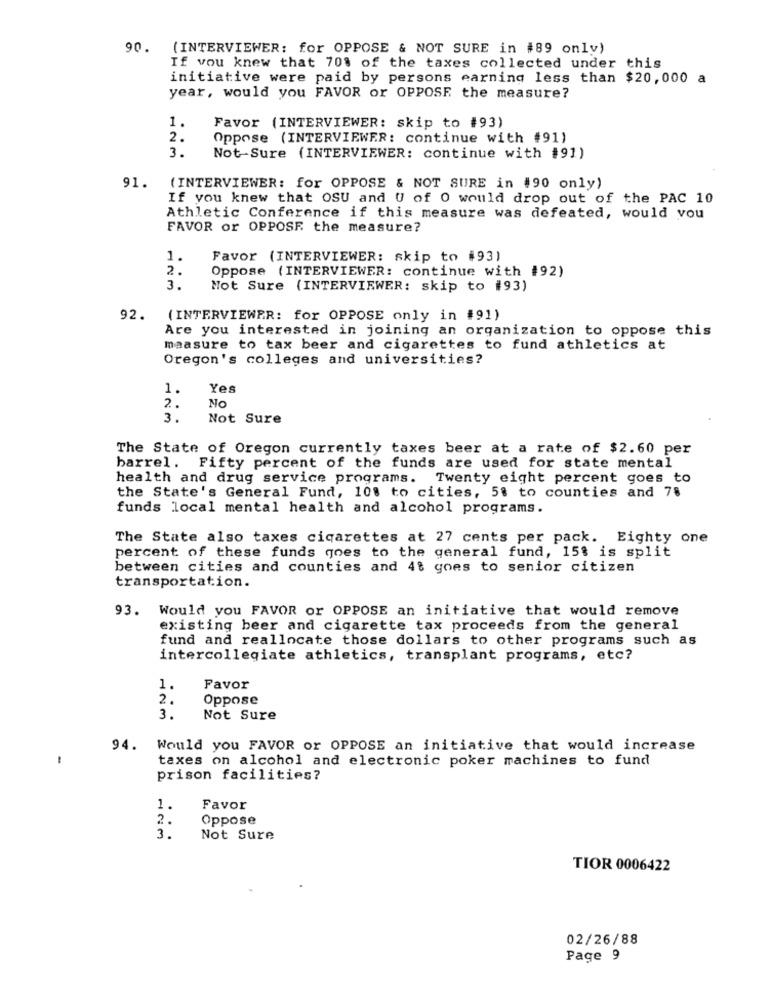
90. (INTERVIEWER: for OPPOSE & NOT SURE in #89 only)
If you knew that 70% of the taxes collected under this
initiative were paid by persons earning less than $20,000 a
year, would you FAVOR or OPPOSE the measure?
1.
Favor (INTERVIEWER: skip to #93)
2.
Oppose (INTERVIEWER: continue with #91)
3.
Not-Sure (INTERVIEWER: continue with #91)
91.
(INTERVIEWER: for OPPOSE & NOT SURE in #90 only)
If you knew that OSU and U of 0 would drop out of the PAC 10
Athletic Conference if this measure was defeated, would you
FAVOR or OPPOSE the measure?
1.
Favor (INTERVIEWER: skip to #93)
2.
Oppose (INTERVIEWER: continue with #92)
3.
Mot Sure (INTERVIEWER: skip to #93)
92.
( INTERVIEWER: for OPPOSE only in #91)
Are you interested in joining an organization to oppose this
measure to tax beer and cigarettes to fund athletics at
Oregon's colleges and universities?
1.
Yes
No
2.
3.
Not Sure
The State of Oregon currently taxes beer at a rate of $2.60 per
barrel. Fifty percent of the funds are used for state mental
health and drug service programs. Twenty eight percent goes to
the State's General Fund, 108 to cities, 5t to counties and 78
funds local mental health and alcohol programs.
The State also taxes cigarettes at 27 cents per pack. Eighty one
percent of these funds goes to the general fund, 15% is split
between cities and counties and 4% goes to senior citizen
transportation.
93. Would you FAVOR or OPPOSE an initiative that would remove
existing beer and cigarette tax proceeds from the general
fund and reallocate those dollars to other programs such as
intercollegiate athletics, transplant programs, etc?
1.
Favor
2.
Oppose
3.
Not Sure
94. Would you FAVOR or OPPOSE an initiative that would increase
taxes on alcohol and electronic poker machines to fund
prison facilities?
1
.
Favor
2.
Oppose
3.
Not Sure
TIOR 0006422
02/26/88
Page 9